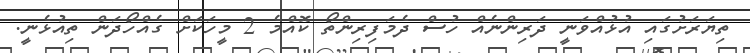
ތިޔަރަށުގައި އުޅުއްވަނީ ދަރިންނެއް ހުސް ދެމަފިރިންތޯ ކޮއްމެ 2 މީހަކަށް ގެއްހޯދަން ތިއުޅެނީ.